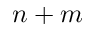
n + m